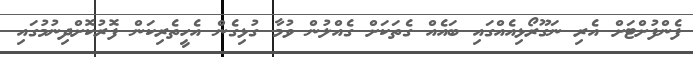
ފެންފުށްޓަށް އެރި ނަގޫރޯޅިއެއްގައި ބައެއް ގެތަކަށް ގެއްލުން ވުމާ ގުޅިގެން އެހީތެރިކަން ފޮރުކޮށްދިނުމުގައި